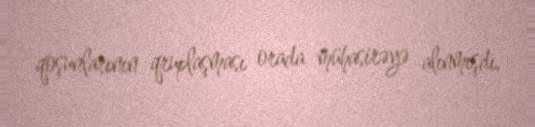
qoşunlarının qruplaşması orada mühasirəyə alınmışdı.